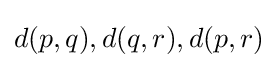
{\textstyle d(p,q),d(q,r),d(p,r)}